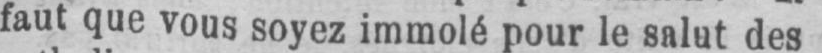
faut que vous soyez immolé pour le salut des